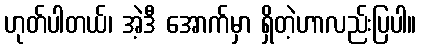
ဟုတ်ပါတယ်၊ အဲ့ဒီ အောက်မှာ ရှိတဲ့ဟာလည်းပြပါ။